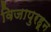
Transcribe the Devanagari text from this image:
विजापुरहून